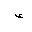
Letter: _hamza